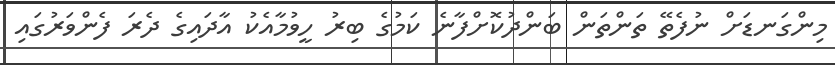
މިންގަނޑަށް ނުފެތޭ ތަންތަން ބަންދުކޮށްފާނެ ކަމުގެ ބިރު ހީވުމާއެކު އާދައިގެ ދެރަ ފެންވަރުގައި